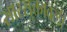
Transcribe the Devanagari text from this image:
सारसुक्तावली